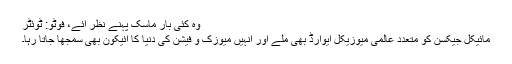
وہ کئی بار ماسک پہنے نظر آئے، فوٹو: ٹوئٹر
مائیکل جیکسن کو متعدد عالمی میوزیکل ایوارڈ بھی ملے اور انہیں میوزک و فیشن کی دنیا کا آئیکون بھی سمجھا جاتا رہا۔